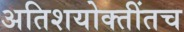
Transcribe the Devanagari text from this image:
अतिशयोक्तींतच